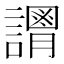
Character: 𧬴